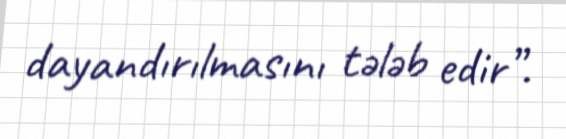
dayandırılmasını tələb edir”.